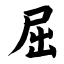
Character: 屈